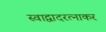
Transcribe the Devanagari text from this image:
स्वाद्वादरत्नाकर